Lunatic asylums Bombay report 1878-1890 - 1878-1890
Year: 1878
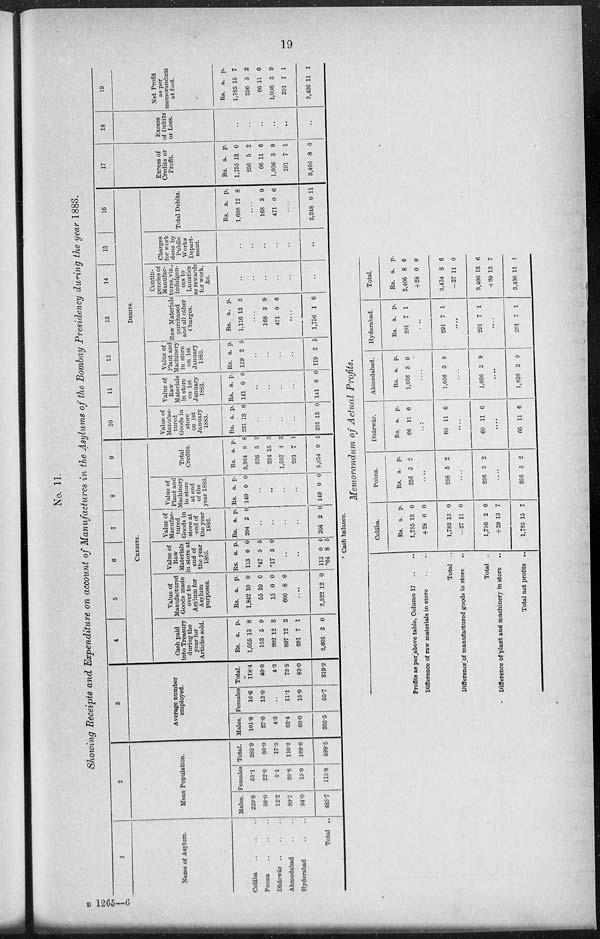
19
No. 11.
Showing Receipts and Expenditure on account of Manufactures in the Asylums of the Bombay Presidency during the year 1883.
1
Name of Asylum.
Colába
..
..
..
Poona
..
..
..
Dhárwar
..
..
..
Ahmedabad .. ..
Hyderabad .. ..
Total ..
2
Mean Population.
Males.
229.8
58.0
12.2
89.7
94.0
483.7
Females
53.1
22.0
5.1
20.6
15.0
115.8
Total.
282.9
80.0
17.3
110.3
109.0
699.5
3
Average number
employed.
Males.
101.8
27.0
4.3
62.4
68.0
263.5
Females
16.6
13.0
..
11.1
15.0
55.7
Total.
118.4
40.0
4.3
73.5
83.0
319.2
4
5
6
7
8
9
CREDITS.
Cash paid
into Treasury
during the
year for
Articles sold.
Rs.
1,055
153
202
897
291
2,601
a.
13
5
12
12
7
3
p.
8
9
3
3
1
0
Value of
Manufactured
Goods made
over to
Asylum for
Asylum
purposes.
Rs.
1,842
55
15
609
a.
10
10
0
8
p.
0
0
0
0
....
2,522 12 0
Value of
Raw
Materials
in store at
end of
the year
1883.
Rs.
113
*47
*17
a.
0
5
3
p.
0
5
0
..
..
113
*64
0
8
0
5
Value of
Manufac-
tured
Goods in
store at
end of
the year
1883.
Rs.
204
a.
2
p.
0
..
..
..
..
204 2
0
Value of
Plant and
Machinery
in store
at end
of the
year 1883.
Rs.
149
a.
0
p.
0
..
..
..
..
149 0 0
Total
Credits.
Rs.
3,364
256
234
1,507
291
5,654
a.
9
5
15
4
7
9
p.
8
2
3
3
1
5
10
11
12
13
14
15
16
DEBITS.
Value of
Manufac-
tured
Goods in
store
on 1st
January
1883.
Rs.
231
a.
13
p.
0
..
..
..
..
231 13 0
Value of
Raw
Materials
in store
on 1st
January
1883.
Rs.
141
a.
0
p.
0
..
..
..
..
141 0 0
Value of
Plant and
Machinery
in store
on 1st
January
1883.
Rs.
119
a.
2
p.
5
..
..
..
..
119 2 5
Raw Materials
purchased
and all other
Charges.
Rs.
1,116
a.
13
p.
3
....
168
471
3
0
9
6
....
1,756 1 6
Contin-
gencies of
Manufac-
tures, viz.,
indulgen-
ces to
Lunatics
as rewards
for work,
&c.
..
..
..
..
..
..
Charges
for work
done by
Public
Works
Depart-
ment.
..
..
..
..
..
..
Total Debits.
Rs.
1,608
a.
12
p.
8
....
168
471
3
0
9
6
....
2,248 0 11
17
18
19
Excess of
Credits or
Profit.
Rs.
1,755
256
66
1,036
291
3,406
a.
13
5
11
3
7
8
p.
0
2
6
9
1
6
Excess
of Debits
or Loss.
..
..
..
..
..
..
Net Profit
as per
memorandum
at foot.
Rs.
1,785
256
66
1,036
291
3,436
a.
15
5
11
3
7
11
p.
7
2
6
9
1
1
* Cash balance.
Memorandum of Actual Profits.
Profits as per_above table, Column 17 .. ..
Difference of raw materials in store .. ..
Total ..
Difference of manufactured goods in store ..
Total ..
Difference of plant and machinery in store ..
Total net profits ..
Colába.
Rs.
1,755
+28
1,783
—27
1,756
+29
1,785
a.
13
0
13
11
2
13
15
p.
0
0
0
0
0
7
7
Poona.
Rs.
256
a.
5
p.
2
....
256 5 2
....
256 5 2
....
256 5 2
Dhárwár.
Rs.
66
a.
11
p.
6
....
66 11 6
....
66 11 6
....
66 11 6
Ahmedabad.
Rs.
1,036
a.
3
p.
9
....
1,036 3 9
....
1,036 3 9
....
1,036 3 9
Hyderabad.
Rs.
291
a.
7
p.
1
....
291 7 1
....
291 7 1
....
291 7 1
Total.
Rs.
3,406
+28
3,434
—27
3,406
+29
3,436
a.
8
0
8
11
13
13
11
p.
6
0
6
0
6
7
1